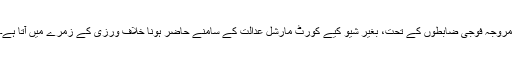
مروجہ فوجی ضابطوں کے تحت، بغیر شیو کیے کورٹ مارشل عدالت کے سامنے حاضر ہونا خلاف ورزی کے زمرے میں آتا ہے۔